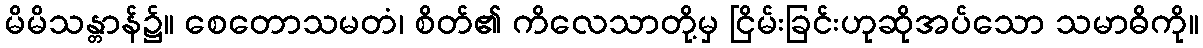
မိမိသန္တာန်၌။ စေတောသမတံ၊ စိတ်၏ ကိလေသာတို့မှ ငြိမ်းခြင်းဟုဆိုအပ်သော သမာဓိကို။